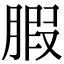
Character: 腵